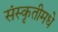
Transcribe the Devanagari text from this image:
संस्कृतीमधे